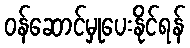
ဝန်ဆောင်မှုပေးနိုင်ရန်